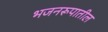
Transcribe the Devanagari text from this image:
भजनरूपातील